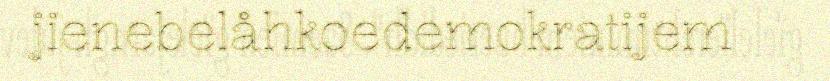
jienebelåhkoedemokratijem